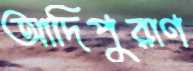
আদিপুরাণ